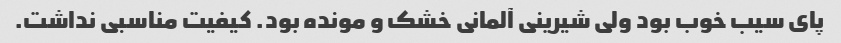
پای سیب خوب بود ولی شیرینی آلمانی خشک و مونده بود. کیفیت مناسبی نداشت.